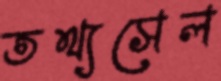
তথ্যসেল